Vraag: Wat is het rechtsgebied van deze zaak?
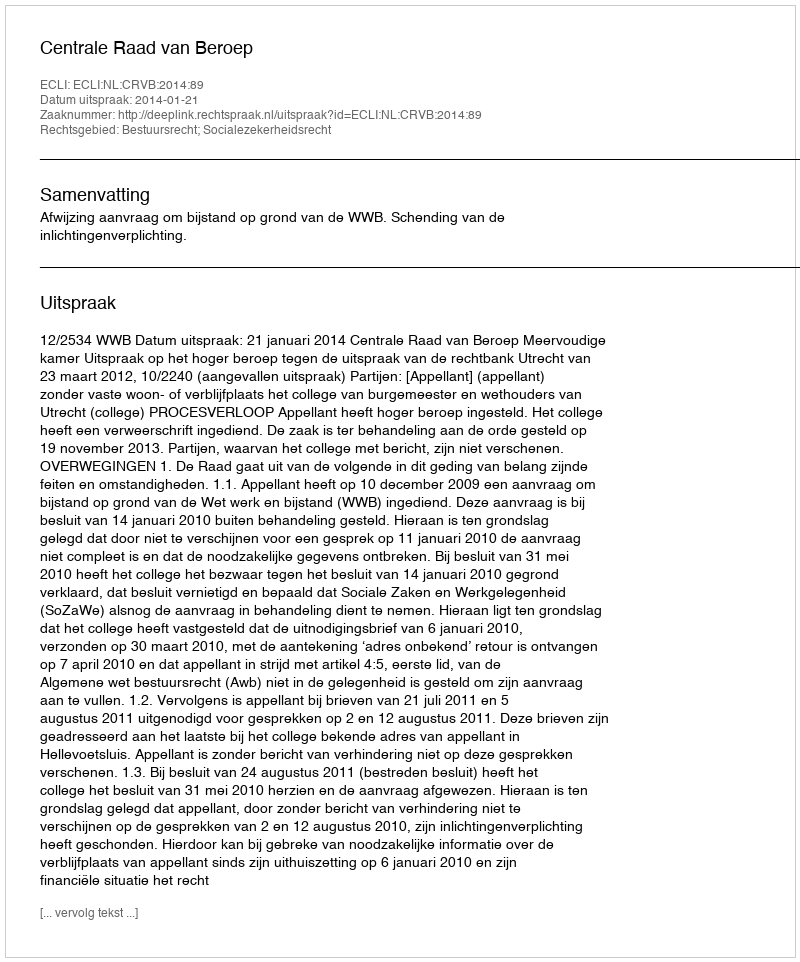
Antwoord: Bestuursrecht; Socialezekerheidsrecht